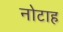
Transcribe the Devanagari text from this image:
नोटाह